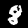
Digit: 8